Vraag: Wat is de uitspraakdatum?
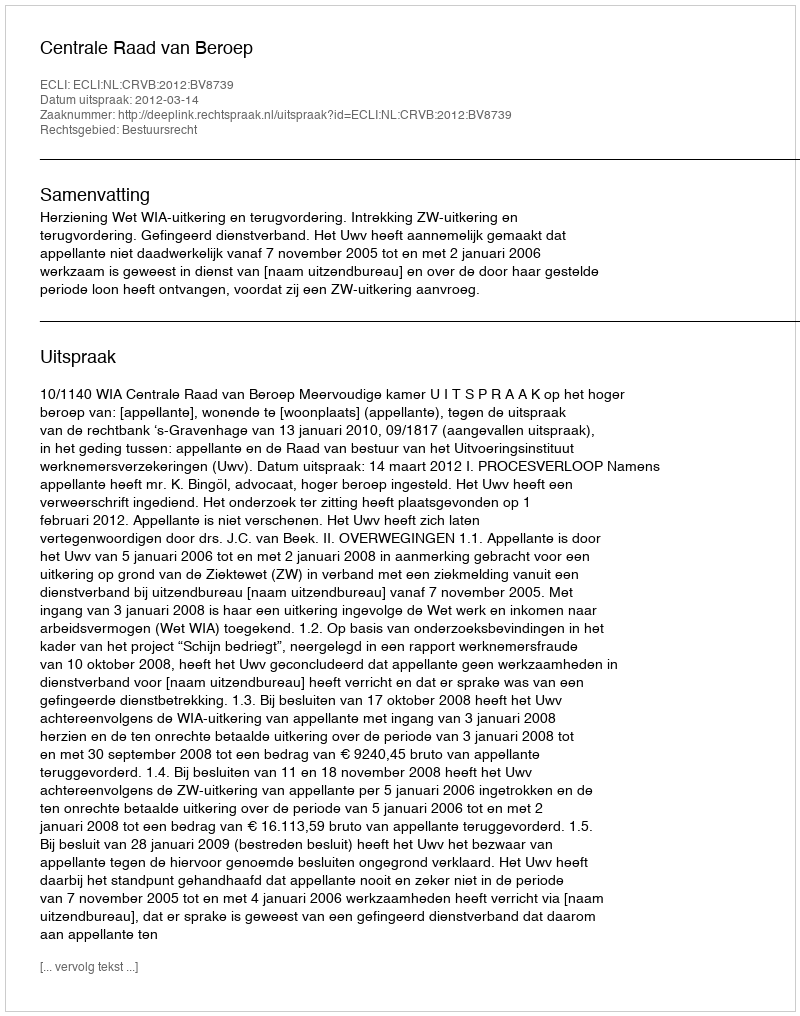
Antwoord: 2012-03-14